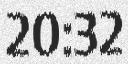
20:32